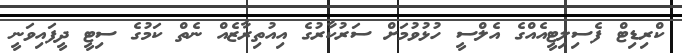
ކްރިޑިޓް ފެސިލިޓީއެއްގެ އެލްސީ ހުޅުވުމަށް ސަރުކާރުގެ އިއުތިރާޒެއް ނެތް ކަމުގެ ސިޓީ ދީފައިވަނީ